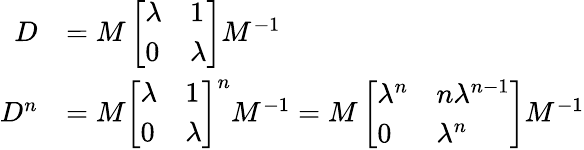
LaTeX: \begin{array}{rl}{D}&{=M\left[\begin{array}{ll}{\lambda}&{1}\\ {0}&{\lambda}\end{array}\right]M^{-1}}\\ {D^{n}}&{=M\left[\begin{array}{ll}{\lambda}&{1}\\ {0}&{\lambda}\end{array}\right]^{n}M^{-1}=M\left[\begin{array}{ll}{\lambda^{n}}&{n\lambda^{n-1}}\\ {0}&{\lambda^{n}}\end{array}\right]M^{-1}}\end{array}